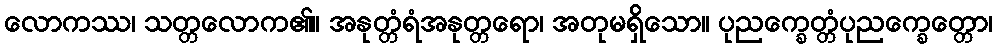
လောကဿ၊ သတ္တလောက၏။ အနုတ္တံရံအနုတ္တရော၊ အတုမရှိသော။ ပုညက္ခေတ္တံပုညက္ခေတ္တော၊